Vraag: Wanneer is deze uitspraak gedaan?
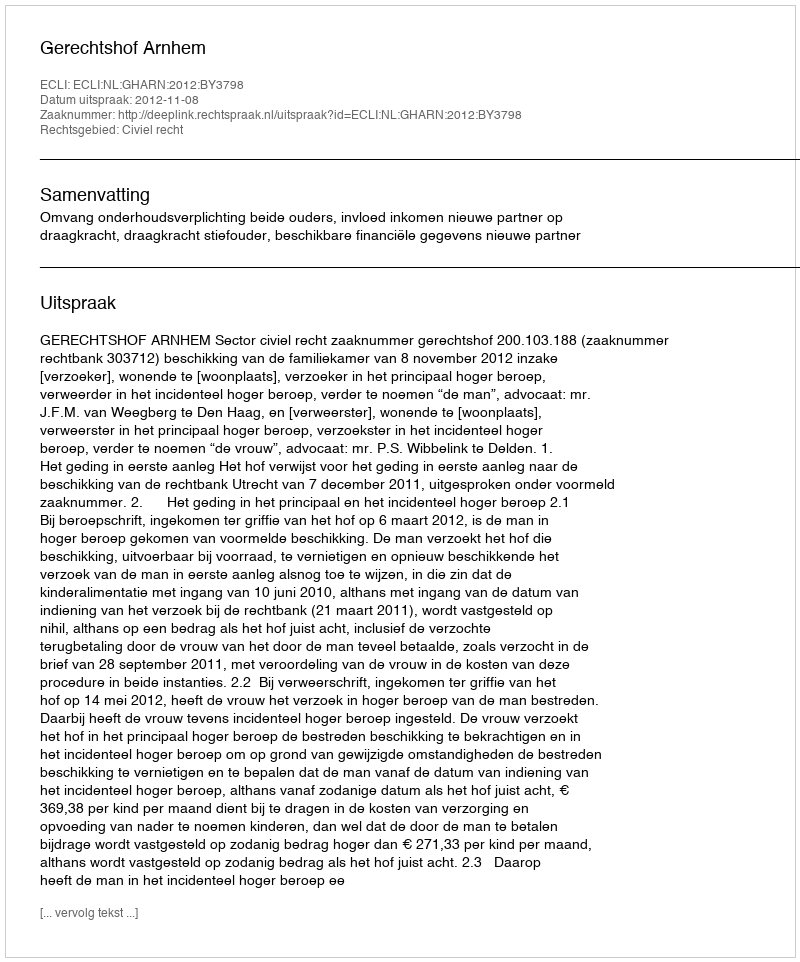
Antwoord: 2012-11-08